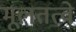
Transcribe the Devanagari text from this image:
मूलतत्वे